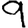
Digit: 9